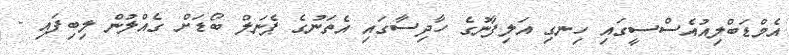
އެމްޑަބްލިއުއެސްސީގައި ހިނގި އަލިފާނުގެ ހާދިސާގައި އެތަނުގެ ޕެނަލް ބޯޑަށް ގެއްލުން ލިބިފައި -